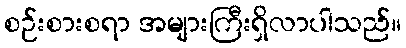
စဉ်းစားစရာ အများကြီးရှိလာပါသည်။